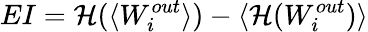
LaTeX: EI=\mathcal{H}(\langle W_{i}^{out}\rangle)-\langle\mathcal{H}(W_{i}^{out})\rangle